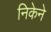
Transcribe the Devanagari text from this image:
निकेने